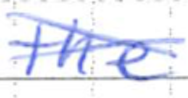
Text: the
Cross-out: mix
Writing tool: ballpoint